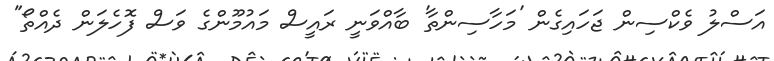
އަސްލު ވެކްސިން ޖަހައިގެން 'މަހާސިންތާ' ބާއްވަނީ ރައީސް މައުމޫންގެ ވަސް ފޮހެލަން ދެއްތޯ"